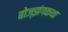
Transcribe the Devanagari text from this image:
बोज्झंगकथा